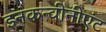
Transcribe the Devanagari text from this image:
इनकन्वीनीएंट